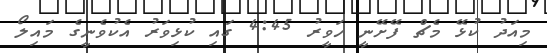
މިއަދު ކުޅޭ މެޗް ފޭށޭނީ ހަވީރު 4:45 ގައި ކުޅިވަރު އެކުވެނީގެ މައިލޯ